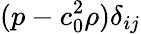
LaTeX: (p-c_{0}^{2}\rho)\delta_{ij}